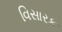
વિસારક